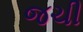
જચી